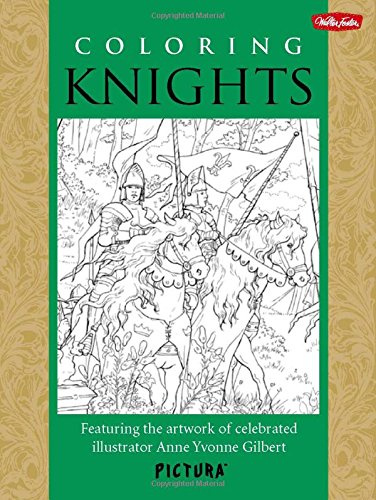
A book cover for Coloring Knights: Featuring the artwork of celebrated illustrator Anne Yvonne Gilbert (PicturaTM); Anne Yvonne Gilbert; Arts & Photography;